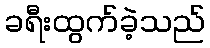
ခရီးထွက်ခဲ့သည်